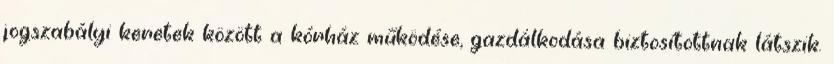
jogszabályi keretek között a kórház működése, gazdálkodása biztosítottnak látszik.